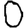
Digit: 0